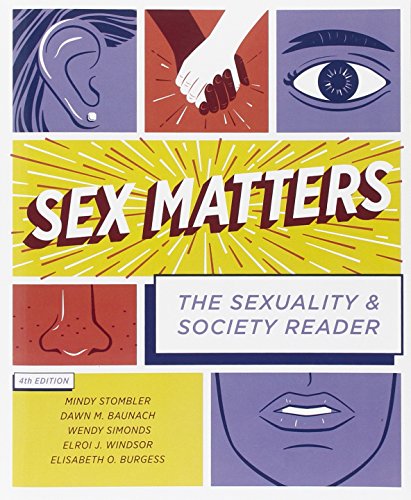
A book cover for Sex Matters: The Sexuality and Society Reader (Fourth Edition); Medical Books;